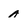
Character: a